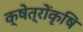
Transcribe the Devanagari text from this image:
क्षेत्रोंकृषि